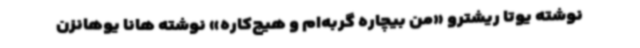
نوشته یوتا ریشترو «من بیچاره گربه‌ام و هیچ‌کاره» نوشته هانا یوهانزن